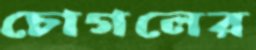
চোগলের